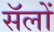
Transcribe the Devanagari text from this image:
सॅलों